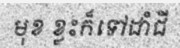
មុខ ខ្លះក៏ទៅដាំជី